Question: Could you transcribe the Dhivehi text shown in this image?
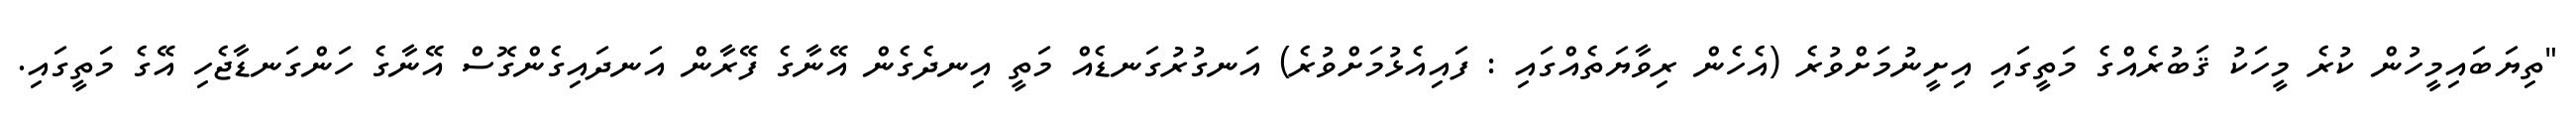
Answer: "ތިޔަބައިމީހުން ކުރެ މީހަކު ޤަބުރެއްގެ މަތީގައި އިށީނުމަށްވުރެ (އެހެން ރިވާޔަތެއްގައި : ފައިއެޅުމަށްވުރެ) އަނގުރުގަނޑެއް މަތީ އިނދެގެން އޭނާގެ ފޭރާން އަނދައިގެންގޮސް އޭނާގެ ހަންގަނޑާޖެހި އޭގެ މަތީގައި.